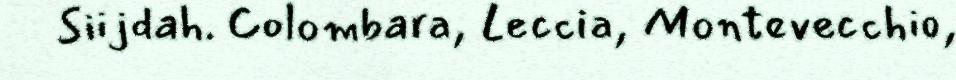
Siijdah. Colombara, Leccia, Montevecchio,